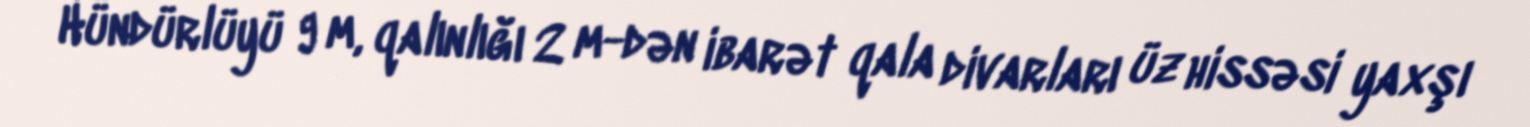
Hündürlüyü 9 m, qalınlığı 2 m-dən ibarət qala divarları üz hissəsi yaxşı